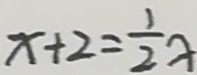
x + 2 = \frac { 1 } { 2 } x